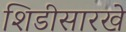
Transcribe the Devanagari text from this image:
शिडीसारखे